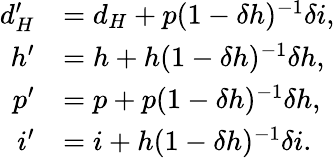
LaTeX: \begin{array}{rl}{d_{H}^{\prime}}&{=d_{H}+p(1-\delta h)^{-1}\delta i,}\\ {h^{\prime}}&{=h+h(1-\delta h)^{-1}\delta h,}\\ {p^{\prime}}&{=p+p(1-\delta h)^{-1}\delta h,}\\ {i^{\prime}}&{=i+h(1-\delta h)^{-1}\delta i.}\end{array}